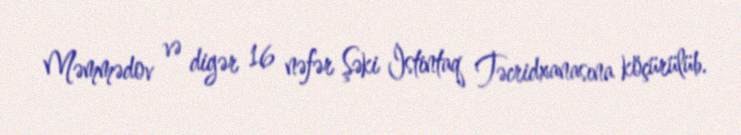
Məmmədov və digər 16 nəfər Şəki İstintaq Təcridxanasına köçürülüb.